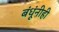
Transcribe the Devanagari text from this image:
बंधूंनीही